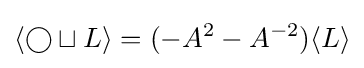
\langle \bigcirc \sqcup L\rangle =(-A^{2}-A^{-2})\langle L\rangle